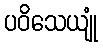
ပဝိသေယျုံ